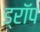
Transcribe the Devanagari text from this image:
ड्राॅप